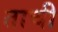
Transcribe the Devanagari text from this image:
ताची